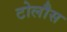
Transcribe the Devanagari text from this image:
टोलौस